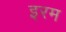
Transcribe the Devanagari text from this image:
इरम